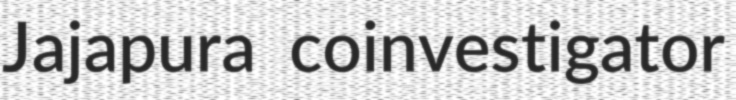
Jajapura coinvestigator